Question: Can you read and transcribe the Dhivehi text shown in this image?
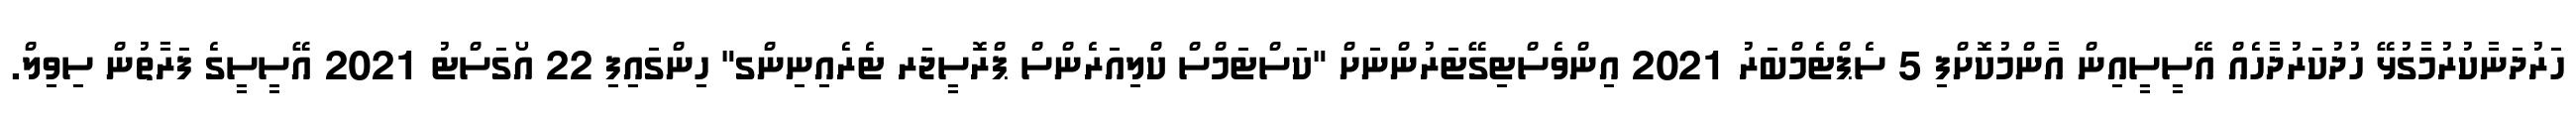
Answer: ހަރުދަނާކުރުމާގުޅޭ ހުދުކަރުދާހެއް އޭސީސީއިން އާންމުކޮށްފި 5 ސެޕްޓެމްބަރު 2021 އިންވެސްޓިގޭޓަރުންނަށް "ކަސްޓަމްސް ކްލިއަރެންސް ޕްރޮސީޖަރ ޓެރެއިނިންގ" ހިންގައިފި 22 އޯގަސްޓު 2021 އޭސީސީގެ ފަރާތުން ސިވިލް.